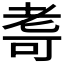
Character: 𮋛